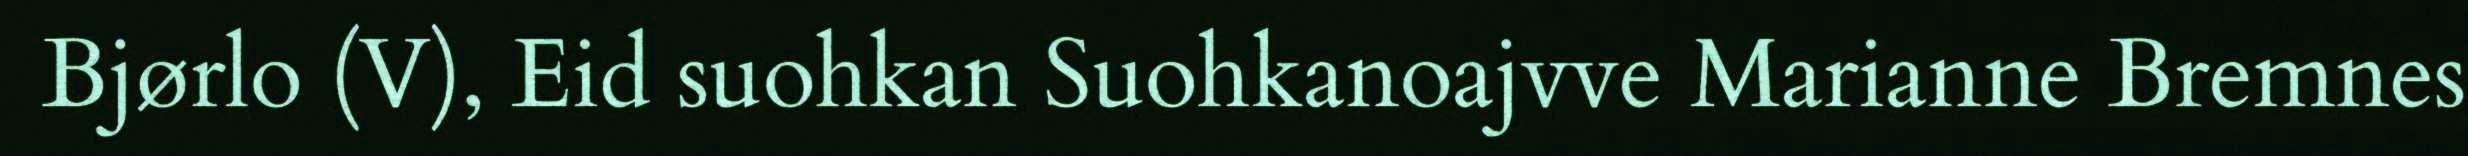
Bjørlo (V), Eid suohkan Suohkanoajvve Marianne Bremnes